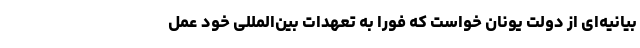
بیانیه‌ای از دولت یونان خواست که فوراً به تعهدات بین‌المللی خود عمل